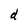
Character: d